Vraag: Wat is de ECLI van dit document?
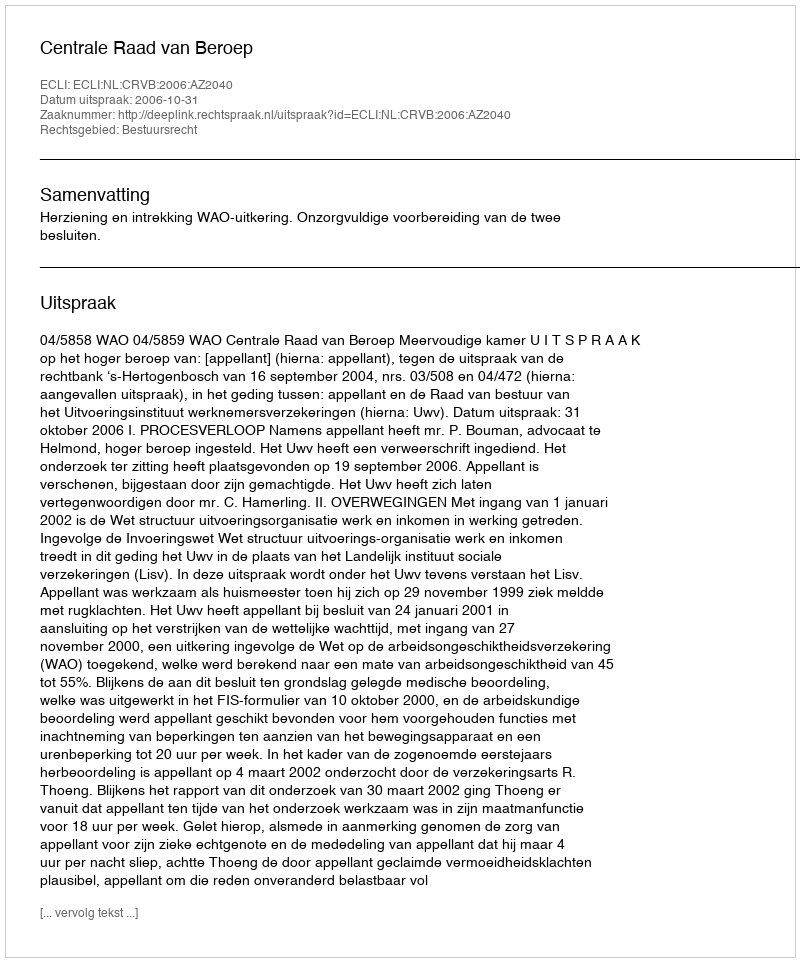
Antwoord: ECLI:NL:CRVB:2006:AZ2040